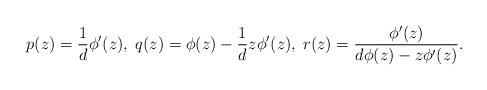
LaTeX: \begin{align*}p(z)=\frac{1}{d}\phi'(z),\; q(z)=\phi(z)-\frac{1}{d}z\phi'(z), \;r(z)=\frac{\phi'(z)}{d\phi(z)-z\phi'(z)}.\end{align*}